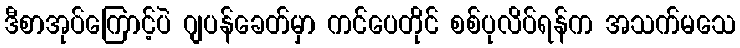
ဒီစာအုပ်ကြောင့်ပဲ ဂျပန်ခေတ်မှာ ကင်ပေတိုင် စစ်ပုလိပ်ရန်က အသက်မသေ